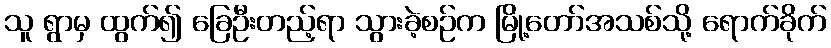
သူ ရွာမှ ထွက်၍ ခြေဦးတည့်ရာ သွားခဲ့စဉ်က မြို့တော်အသစ်သို့ ရောက်ခိုက်